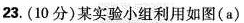
23.(10分)某实验小组利用如图(a)